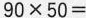
$$9 0 \times 5 0 =$$